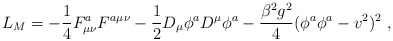
\begin{align*}L_M = - \frac{1}{4} F_{\mu\nu}^a F^{a\mu\nu} - \frac{1}{2} D_\mu \phi^a D^\mu \phi^a - \frac{\beta^2 g^2}{4} (\phi^a \phi^a - v^2)^2\ ,\end{align*}